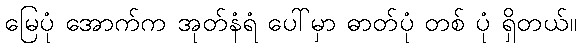
မြေပုံ အောက်က အုတ်နံရံ ပေါ်မှာ ဓာတ်ပုံ တစ် ပုံ ရှိတယ်။